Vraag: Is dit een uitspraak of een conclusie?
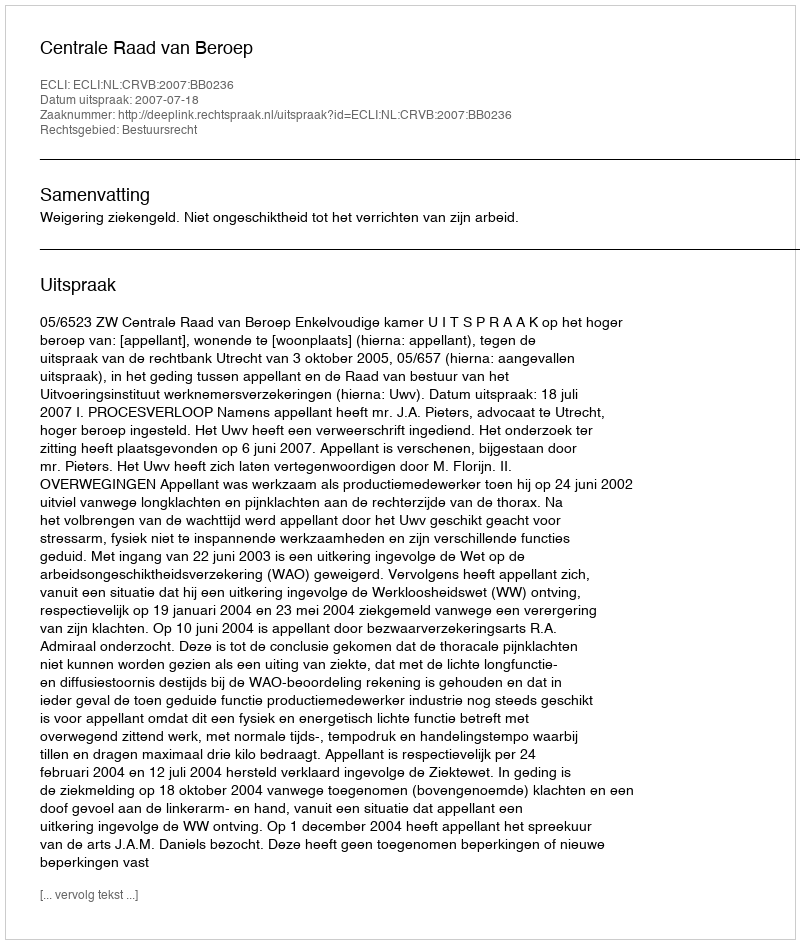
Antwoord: Uitspraak